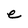
Character: e